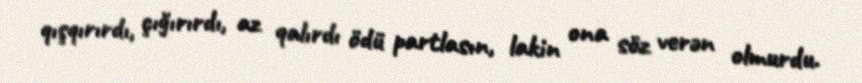
qışqırırdı, çığırırdı, az qalırdı ödü partlasın, lakin ona söz verən olmurdu.